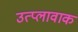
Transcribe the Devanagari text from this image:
उत्प्लावाक